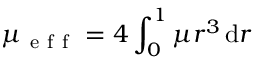
\mu _ { \mathrm { ~ e ~ f ~ f ~ } } = 4 \int _ { 0 } ^ { 1 } \mu r ^ { 3 } \, \mathrm { d } r